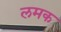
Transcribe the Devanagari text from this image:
लमक